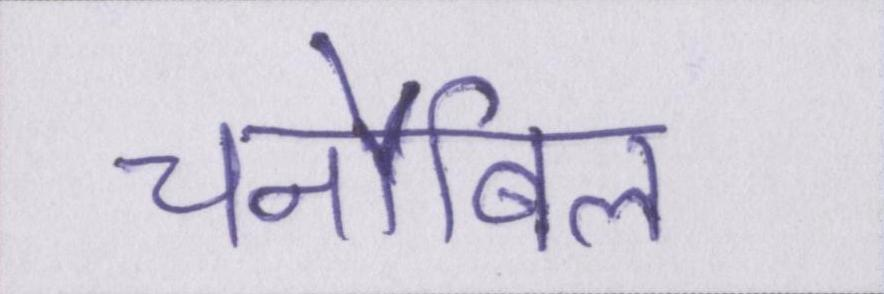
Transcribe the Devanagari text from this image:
चर्नोबिल